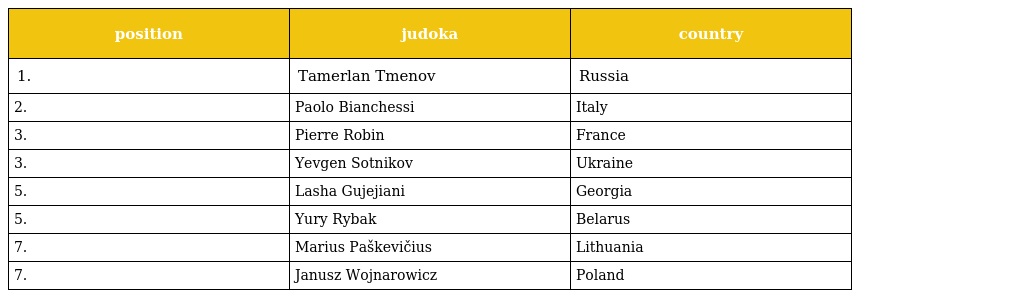
| position | judoka | country |
 | --- | --- | --- |
 | 1. | Tamerlan Tmenov | Russia |
 | 2. | Paolo Bianchessi | Italy |
 | 3. | Pierre Robin | France |
 | 3. | Yevgen Sotnikov | Ukraine |
 | 5. | Lasha Gujejiani | Georgia |
 | 5. | Yury Rybak | Belarus |
 | 7. | Marius Paškevičius | Lithuania |
 | 7. | Janusz Wojnarowicz | Poland |